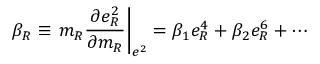
\beta _ { R } \equiv \left. m _ { R } \frac { \partial e _ { R } ^ { 2 } } { \partial m _ { R } } \right| _ { e ^ { 2 } } = \beta _ { 1 } e _ { R } ^ { 4 } + \beta _ { 2 } e _ { R } ^ { 6 } + \cdots